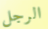
الرجل